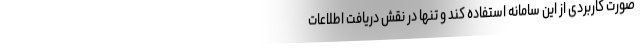
صورت کاربردی از این سامانه استفاده کند و تنها در نقش دریافت اطلاعات